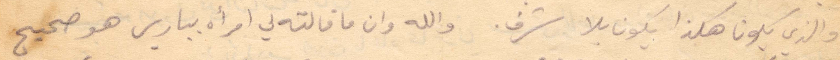
والذي يكون هكذا يكون بلا شرف. والله وان ما قالته ل امرأة بباريس هو صحيح